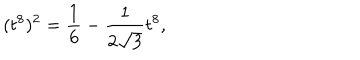
( t ^ { 8 } ) ^ { 2 } = \frac { 1 } { 6 } - \frac { 1 } { 2 \sqrt { 3 } } t ^ { 8 } ,